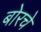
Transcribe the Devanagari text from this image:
बोरचे